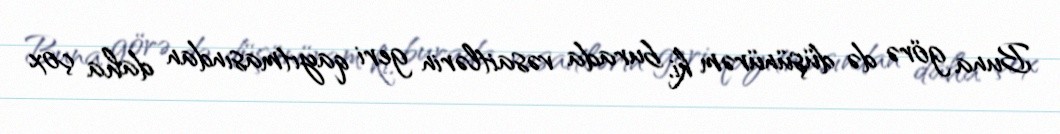
Buna görə də düşünürəm ki, burada vəsaitlərin geri qayıtmasından daha çox